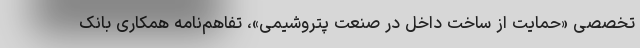
تخصصی «حمایت از ساخت داخل در صنعت پتروشیمی»، تفاهم‌نامه همکاری بانک